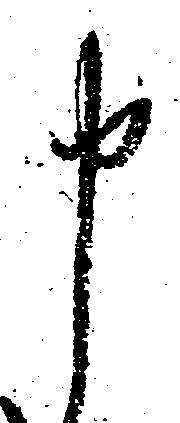
申